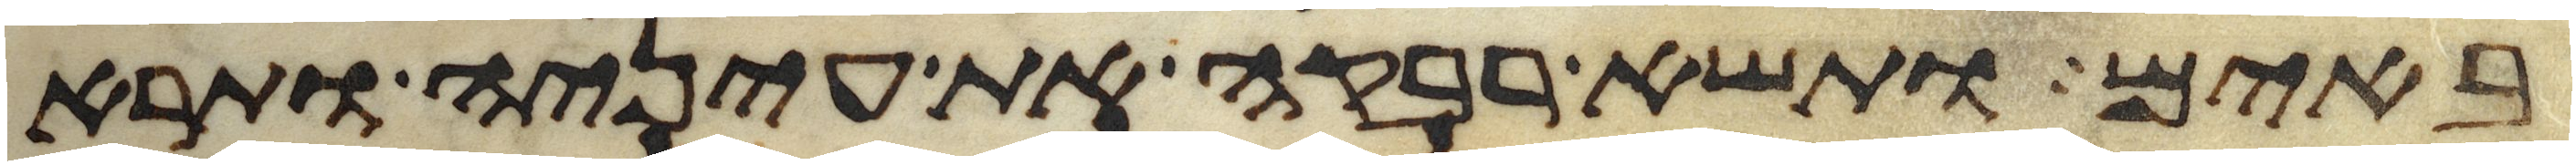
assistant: באים ותשא רבקה את עיניה ותרא